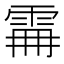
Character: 𩂨